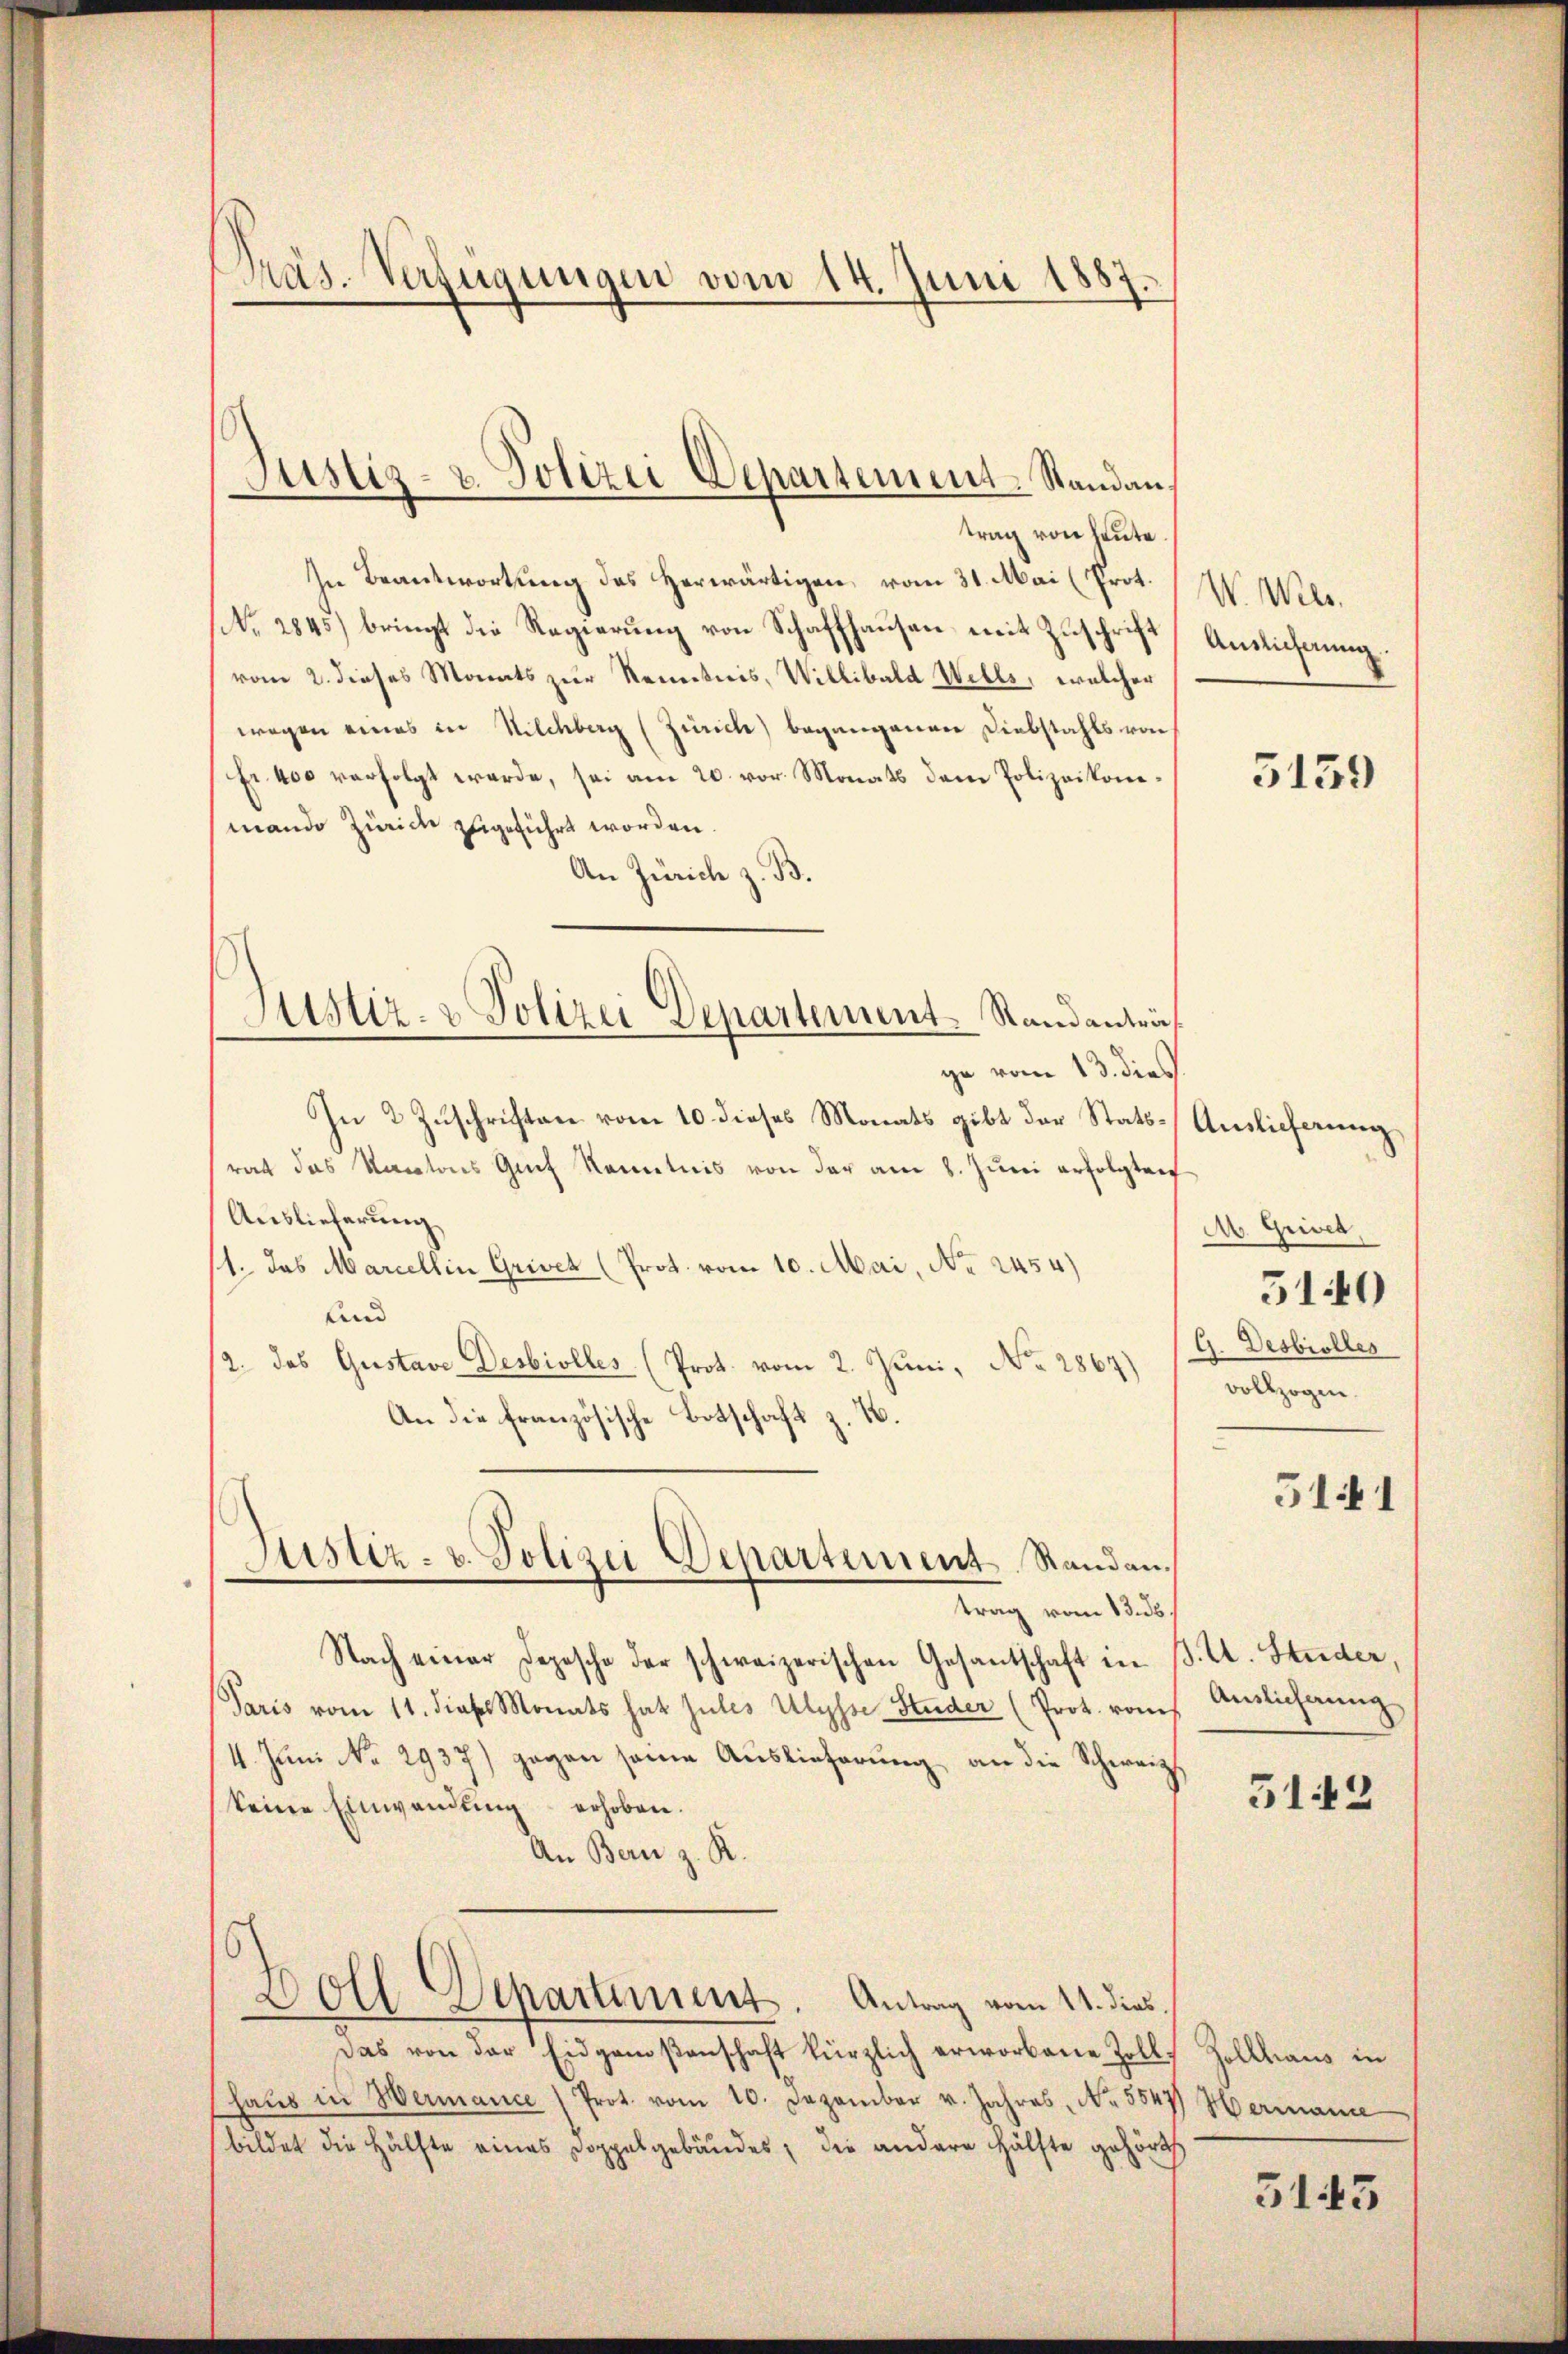
Präs. Verfügungen vom 14. Juni 1887.

Justiz- u. Polizei Departement-Standan

trag von heute
In Beantwortung des Herwärtigen vom 31. Mai (Prot.
No. 2845) bringt die Regierung von Schaffhausen mit Zuschrift
vom 2. dieses Monats zur Kenntnis, Willibald Wills, welcher
wegen eines in Wilchberg (Zürich) begangenen Diebstahls von
Fr. 400 verfolgt werde, sei am 20. vor. Monats dem Polizeikommando Zürich zugeführt worden.
An Zürich z. B.
In 2 Zuschriften vom 10. dieses Monats gibt der Stattrat das Kantons Genf kanntnis von der am 8. Jŭni erfolgten
Auslieferung
1. das Marcellin Grivet (Prot. vom 10. Mai, No. 2454)
und
2. das Gustave Desbiolles (Prot. vom 2. Juni, No. 2867)
An die französische Botschaft z. B.
Justiz- u. Polizei Departement. Standen.
trag vom 13. ds.
Nach einer Depesche der schweizerischen Gesantschaft in
Paris vom 11. dieses Monats hat Jules Ulysse Studer (Prot. rom
4. Juni No 2937) gegen seine Auslieferung an die Schweiz,
keine Einwendung erhoben.
An Bern z. R.
Doll Departiment. Antrag vom 14. dies
Das von der Eidgenoßenschaft kürzlich erworbene Zollhaŭs in Wermance (Prot. vom 10. Dezember v. Jahres, No. 5547
bildet die Hälfte eines Doppelgebäudes, die andere Hälfte gehört.

Justiz- & Polizei Departement. Standanträf
ge vom 13. dies

W. Wer
Auslicherung

5159

Auslieferung
A. Grivet.
5140
G. Desbiolles
vollzogen.
511

J. U. Studer,
Anslichnung

512

Zollhaus in
Hermanne

5145